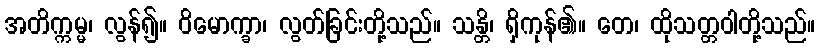
အတိက္ကမ္မ၊ လွန်၍။ ဝိမောက္ခာ၊ လွတ်ခြင်းတို့သည်။ သန္တိ၊ ရှိကုန်၏။ တေ၊ ထိုသတ္တဝါတို့သည်။